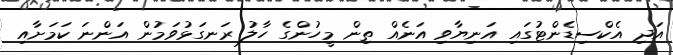
އަދި އެކްސިޑެންޓުގައި އަނިޔާވި އަނެއް ތިން މީހުންގެ ހާލު ރަނގަޅުވަމުން އަންނަ ކަމަށާއި